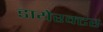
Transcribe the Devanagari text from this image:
डायेरक्टर